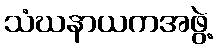
သံဃနာယကအဖွဲ့